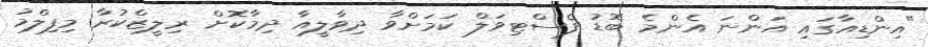
"އިންޑިއާގައި އަންނަ އެންމެ ބޮޑު ފެސްޓިވަލް ކަމަށްވާ ދިވާލީއާ ދިމާކޮށް ރިލީޒްކުރާ މިފިލްމު